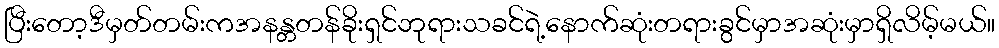
ပြီးတော့ဒီမှတ်တမ်းကအနန္တတန်ခိုးရှင်ဘုရားသခင်ရဲ့နောက်ဆုံးတရားခွင်မှာအဆုံးမှာရှိလိမ့်မယ်။